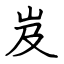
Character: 岌